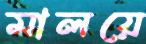
মালয়ে